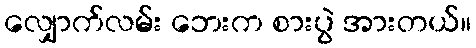
လျှောက်လမ်း ဘေးက စားပွဲ အားတယ်။